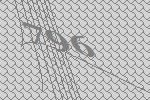
796